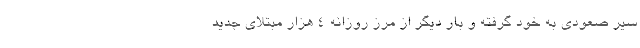
سیر صعودی به خود گرفته و بار دیگر از مرز روزانه ۴ هزار مبتلای جدید